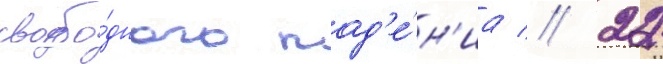
свобо́дного пад'е́н'иа // 22